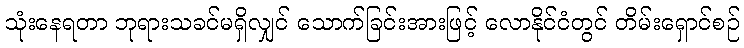
သုံးနေရတာ ဘုရားသခင်မရှိလျှင် သောက်ခြင်းအားဖြင့် လောနိုင်ငံတွင် တိမ်းရှောင်စဉ်